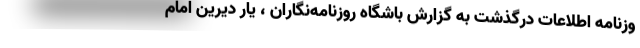
وزنامه اطلاعات درگذشت به گزارش باشگاه روزنامه‌نگاران ، یار دیرین امام